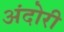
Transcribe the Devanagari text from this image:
अंदोरी